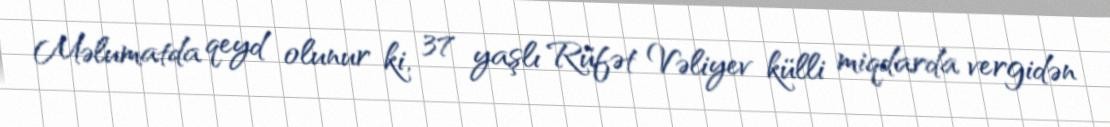
Məlumatda qeyd olunur ki, 37 yaşlı Rüfət Vəliyev külli miqdarda vergidən